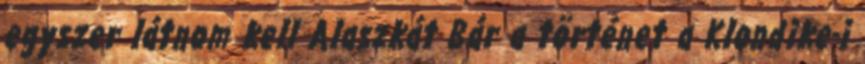
egyszer látnom kell Alaszkát Bár a történet a Klondike-i